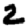
Digit: 2